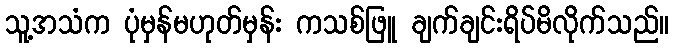
သူ့အသံက ပုံမှန်မဟုတ်မှန်း ကသစ်ဖြူ ချက်ချင်းရိပ်မိလိုက်သည်။